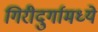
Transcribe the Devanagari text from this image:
गिरीदुर्गामध्ये